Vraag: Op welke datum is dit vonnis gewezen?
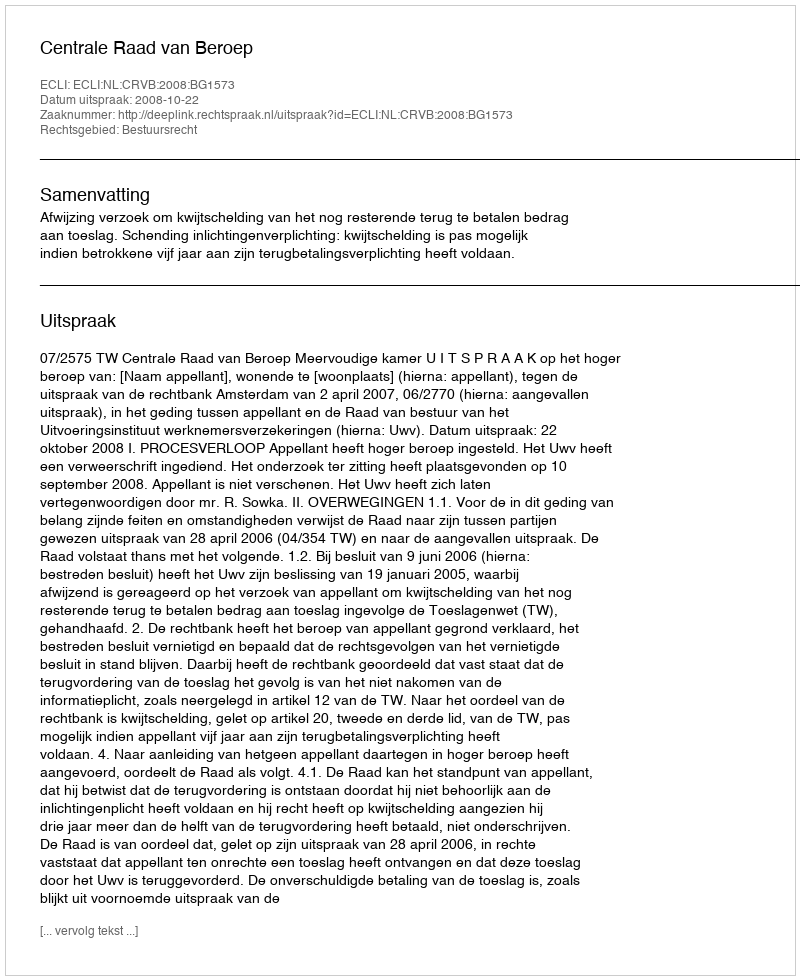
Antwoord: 2008-10-22